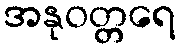
အနုဝတ္တရေ